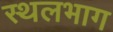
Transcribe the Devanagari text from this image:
स्थलभाग